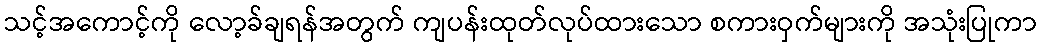
သင့်အကောင့်ကို လော့ခ်ချရန်အတွက် ကျပန်းထုတ်လုပ်ထားသော စကားဝှက်များကို အသုံးပြုကာ